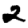
Digit: 2